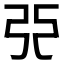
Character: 𫸪